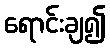
ရောင်းချ၍